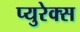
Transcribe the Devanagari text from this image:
प्युरेक्स